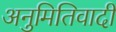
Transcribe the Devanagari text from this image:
अनुमितिवादी